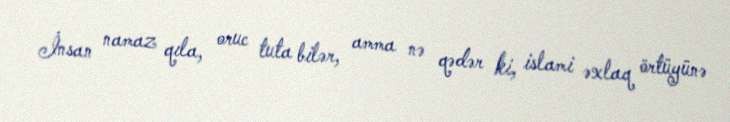
İnsan namaz qıla, oruc tuta bilər, amma nə qədər ki, islami əxlaq örtüyünə